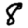
Digit: 8